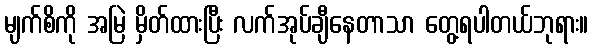
မျက်စိကို အမြဲ မှိတ်ထားပြီး လက်အုပ်ချီနေတာသာ တွေ့ရပါတယ်ဘုရား။